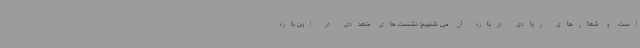
است و شعارهای زیادی درباره آن می شنویم؛ نشست های متعددی در این باره